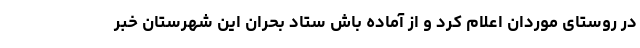
در روستای موردان اعلام کرد و از آماده باش ستاد بحران این شهرستان خبر